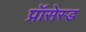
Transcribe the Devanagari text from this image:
प्रॉसेस्ड